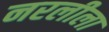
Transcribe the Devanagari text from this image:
नरलीला